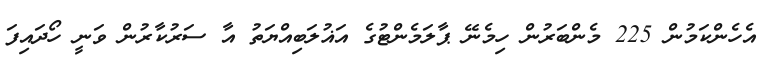
އެހެންކަމުން 225 މެންބަރުން ހިމެނޭ ޕާލަމެންޓުގެ އަޣުލަބިއްޔަތު އާ ސަރުކާރުން ވަނީ ހޯދައިފަ